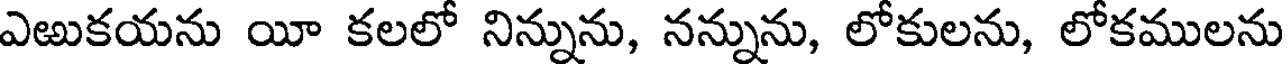
ఎఱుకయను యీ కలలో నిన్నును, నన్నును, లోకులను, లోకములను